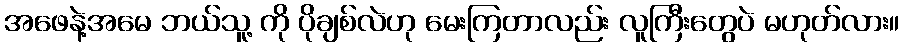
အဖေနဲ့အမေ ဘယ်သူ့ ကို ပိုချစ်လဲဟု မေးကြတာလည်း လူကြီးတွေပဲ မဟုတ်လား။